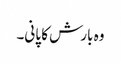
وہ بارش کا پانی۔